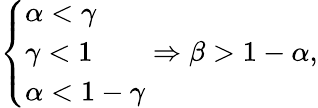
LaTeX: \begin{array}{r}{\left\{ \begin{array}{ll}{\alpha<\gamma}\\ {\gamma<1}\\ {\alpha<1-\gamma}\end{array}\right.\Rightarrow\beta>1-\alpha,}\end{array}